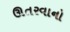
ઊતરવાનો